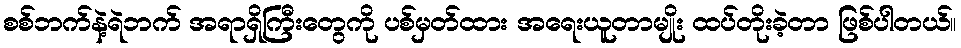
စစ်ဘက်နဲ့ရဲဘက် အရာရှိကြီးတွေကို ပစ်မှတ်ထား အရေးယူတာမျိုး ထပ်တိုးခဲ့တာ ဖြစ်ပါတယ်။